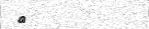
٩